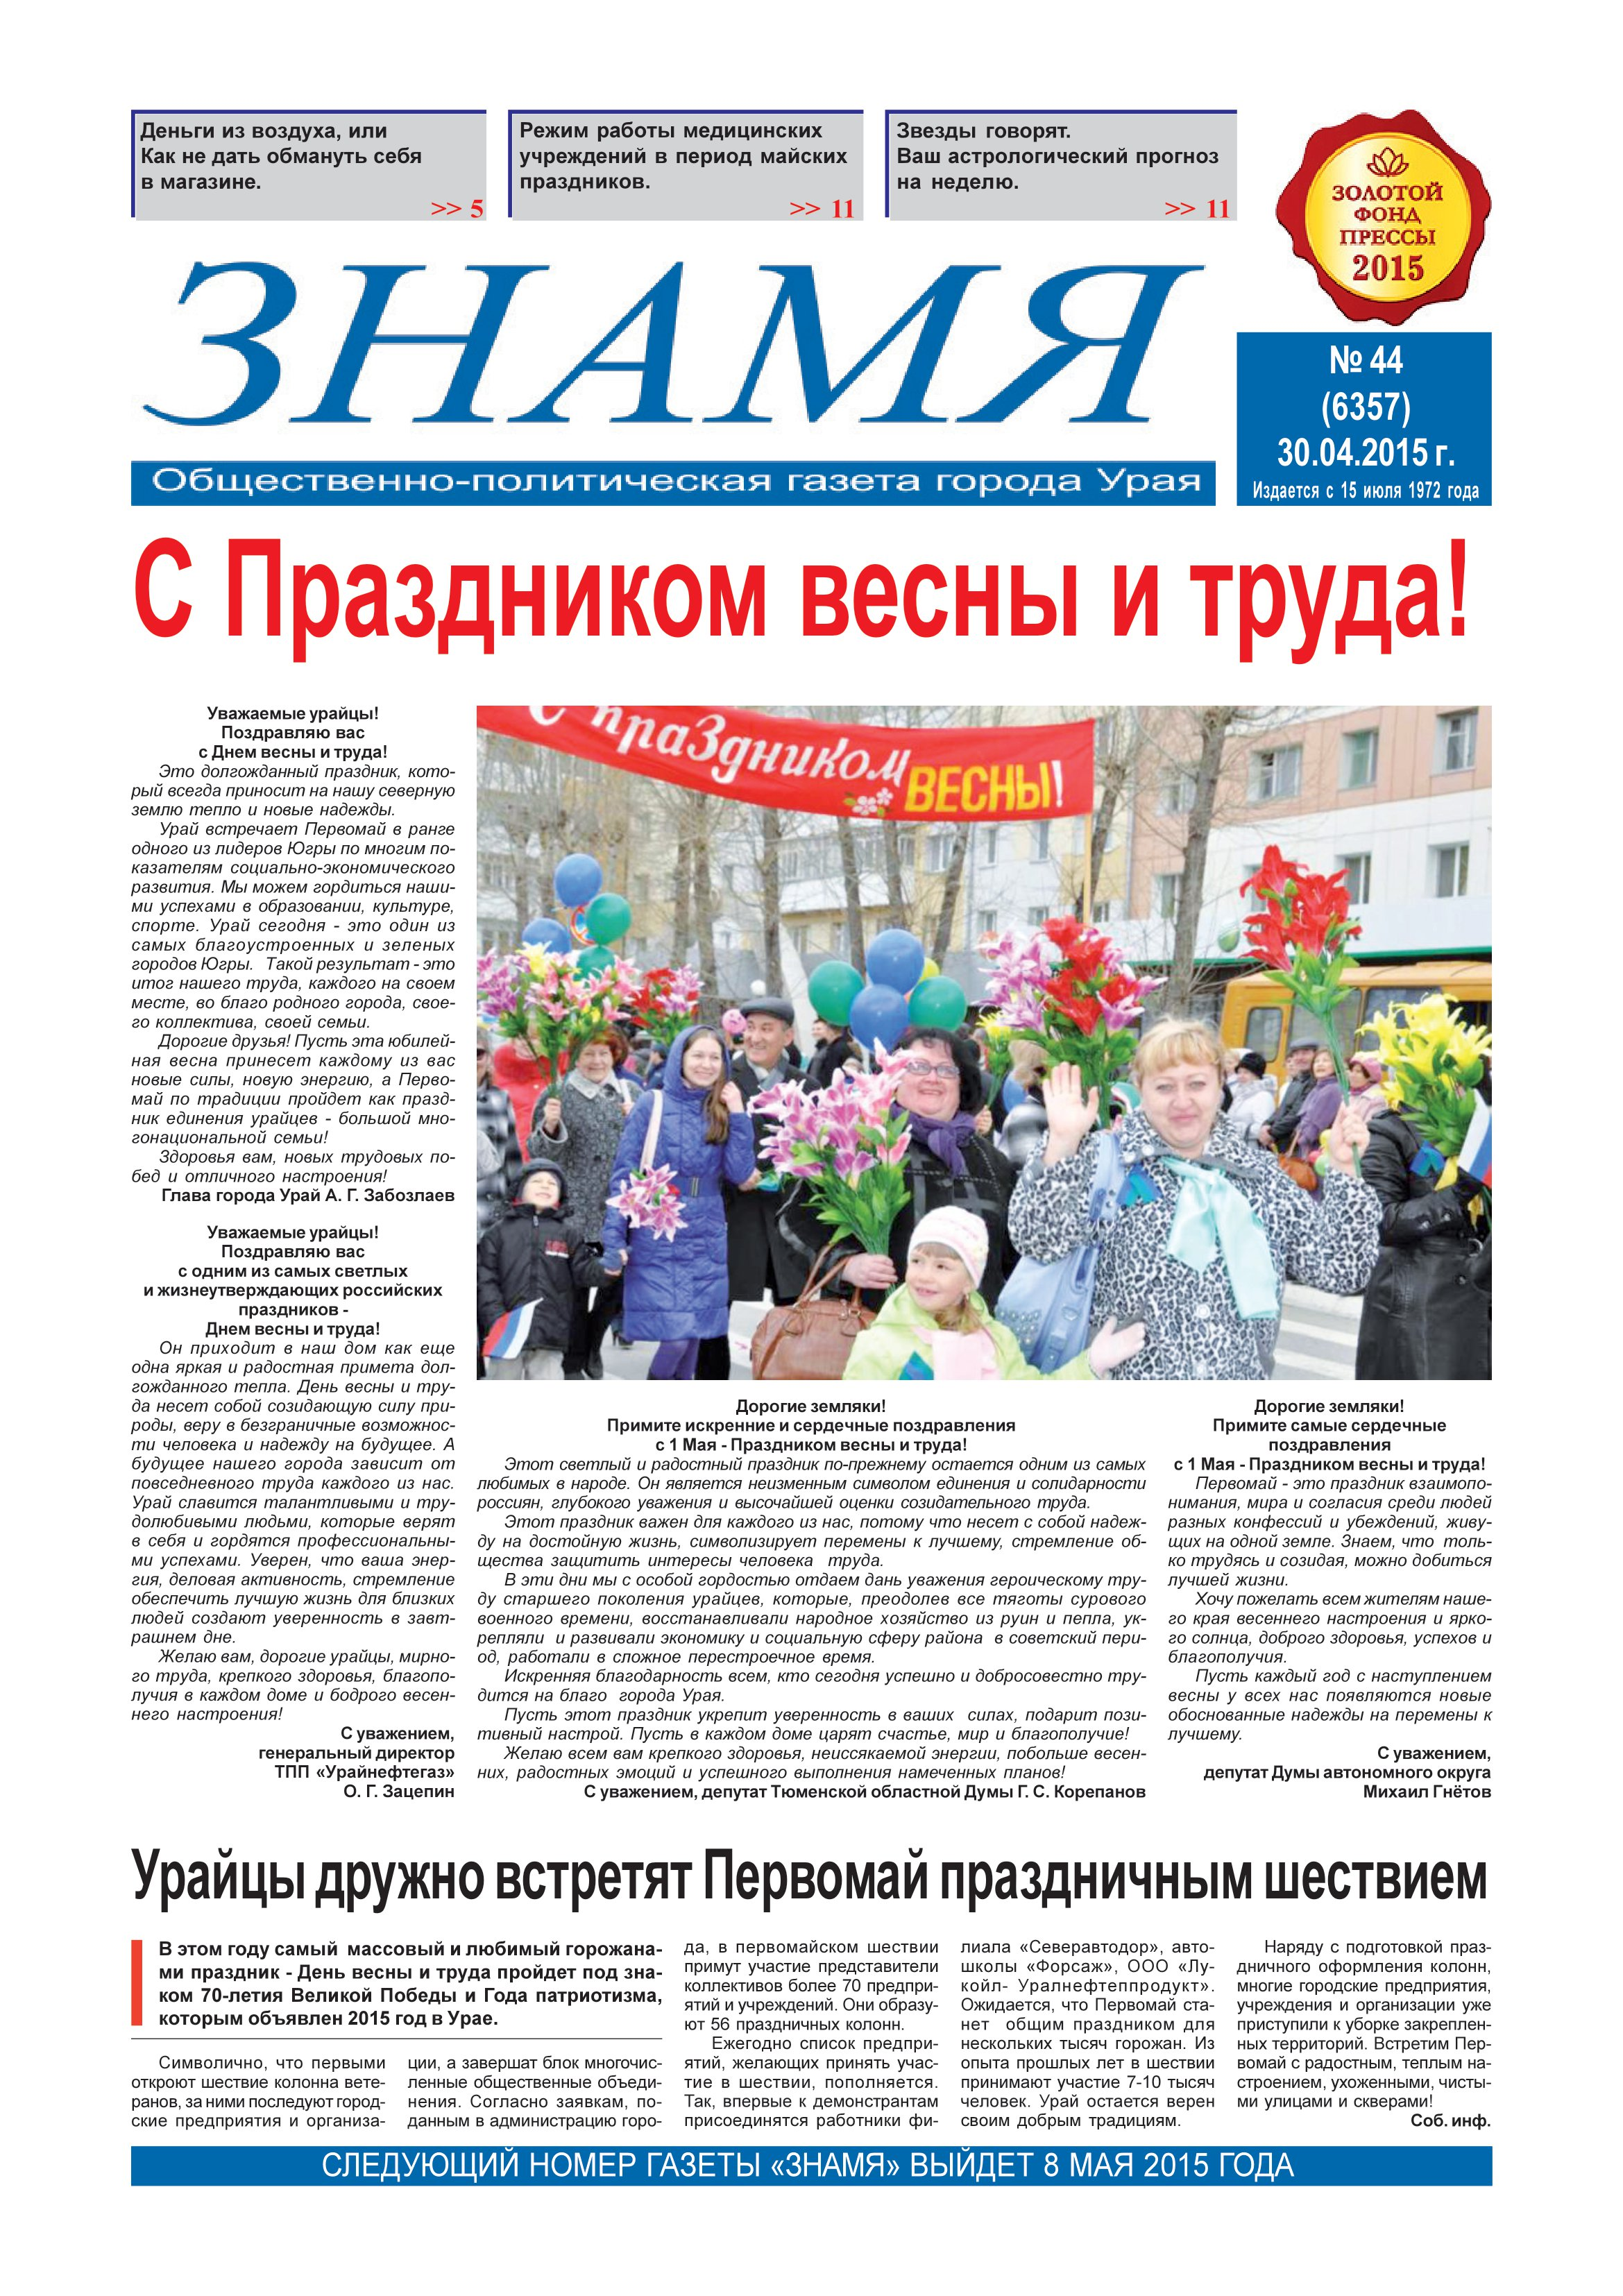
Language: ru